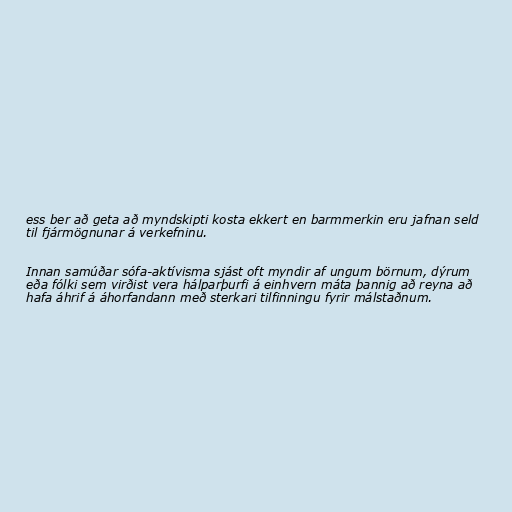
ess ber að geta að myndskipti kosta ekkert en barmmerkin eru jafnan seld
til fjármögnunar á verkefninu.

Innan samúðar sófa-aktívisma sjást oft myndir af ungum börnum, dýrum
eða fólki sem virðist vera hálparþurfi á einhvern máta þannig að reyna að
hafa áhrif á áhorfandann með sterkari tilfinningu fyrir málstaðnum.